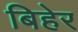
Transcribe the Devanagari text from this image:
बिहेर